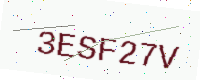
Text: 3ESF27V